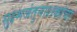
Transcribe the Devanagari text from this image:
सुक्ष्मजंतुनाशकांचा